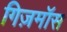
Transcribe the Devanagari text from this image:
गिज़मॉस